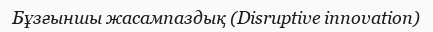
Бұзғыншы жасампаздық (Disruptive innovation)